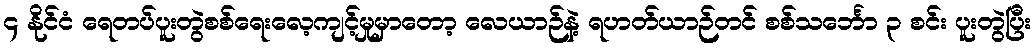
၄ နိုင်ငံ ရေတပ်ပူးတွဲစစ်ရေးလေ့ကျင့်မှုမှာတော့ လေယာဉ်နဲ့ ရဟတ်ယာဉ်တင် စစ်သင်္ဘော ၃ စင်း ပူးတွဲပြီး